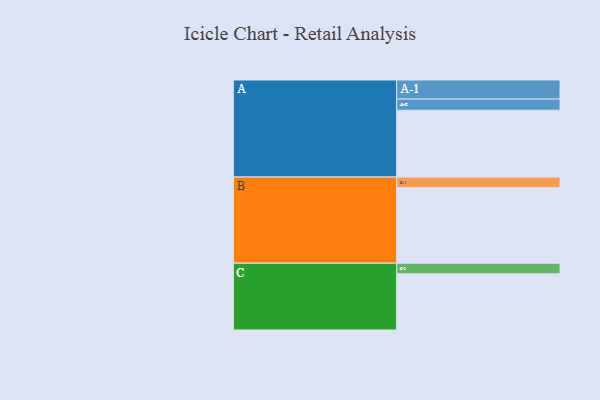
{"axis": {"x": "Segment", "y": "Value"}, "legend": ["", "A", "B", "C"], "data": [{"x": "A", "y": 491, "type": ""}, {"x": "B", "y": 555, "type": ""}, {"x": "C", "y": 413, "type": ""}, {"x": "A-1", "y": 140, "type": "A"}, {"x": "A-2", "y": 82, "type": "A"}, {"x": "B-1", "y": 78, "type": "B"}, {"x": "C-1", "y": 78, "type": "C"}]}